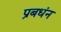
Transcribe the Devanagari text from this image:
प्रबधंन